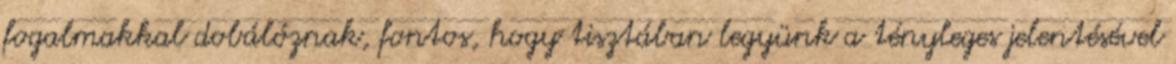
fogalmakkal dobálóznak, fontos, hogy tisztában legyünk a tényleges jelentésével